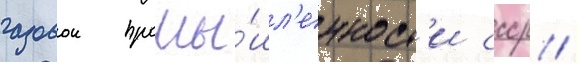
газовои промы́шл'енност'и ссср /